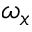
\omega _ { x }